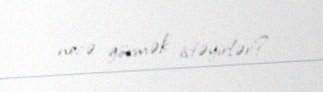
necə görmək istəyirlər?.